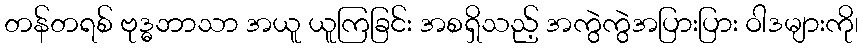
တန်တရစ် ဗုဒ္ဓဘာသာ အယူ ယူကြခြင်း အစရှိသည့် အကွဲကွဲအပြားပြား ဝါဒများကို၊